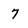
Character: 7